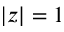
| z | = 1